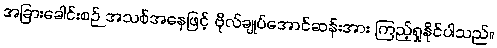
အခြားခေါင်းစဉ် အသစ်အနေဖြင့် ဗိုလ်ချုပ်အောင်ဆန်းအား ကြည့်ရှုနိုင်ပါသည်။